Vaccination in the Punjab 1919-1929 - 1919-1929
Year: 1919
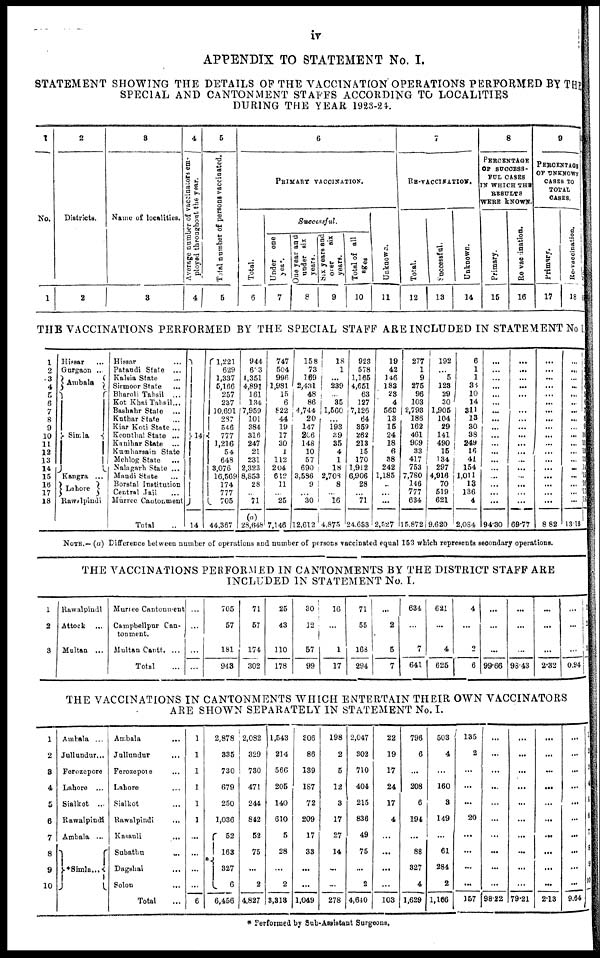
iv
APPENDIX TO STATEMENT No. I.
STATEMENT SHOWING THE DETAILS OF THE VACCINATION OPERATIONS PERFORMED BY THE
SPECIAL AND CANTONMENT STAFFS ACCORDING TO LOCALITIES
DURING THE YEAR 1923-24.
1
No.
1
2
Districts.
2
3
Name of localities.
3
4
Average number of vaccinators em-
ployed throughout the year.
4
5
Total number of persons vaccinated.
5
6
PRIMARY VACCINATION.
Total.
6
Successful.
Under one
year.
7
One year and
under six
years.
8
Six years and
over
six
years.
9
Total of all
ages
10
Unknown.
11
7
RE-VACCINATION.
Total.
12
Successful.
13
Unknown.
14
8
PERCENTAGE
OF SUCCESS-
FUL CASES
IN WHICH THE
RESULTS
WERE KNOWN.
Primary.
15
Re-vaccination.
16
9
PERCENTAGE
OF UNKNOWN
CASES TO
TOTAL
CASES.
Primary.
17
Re-vaccination.
18
THE VACCINATIONS PERFORMED BY THE SPECIAL STAFF ARE INCLUDED IN STATEMENT No I.
1
2
3
4
5
6
7
8
9
10
11
12
13
14
15
16
17
18
Hissar ...
Gurgaon ...
Ambala
Simla
Kangra ...
Lahore
Rawalpindi
Hissar ...
Pataudi State ...
Kalsia State ...
Sirmoor State ...
Bharoli Tahsil ...
Kot Khai Tahsil...
Bashahr State ...
Kuthar State ...
Kiar Koti State ...
Keonthal State ...
Kanihar State ...
Kumharsain State
Mehlog State ...
Nalagarh State ...
Mandi State ...
Borstal Institution
Central Jail ...
Murree Cantonment
Total ...
14
14
1,221
629
1,337
5,166
257
237
10,691
287
546
777
1,216
54
648
3,076
16,569
174
777
705
44,367
944
633
1,351
4,891
161
134
7,959
101
384
316
247
21
231
2,323
8,853
28
...
71
(a)
28,648
747
504
996
1,981
15
6
822
44
19
17
30
1
112
204
612
11
...
25
7,146
158
73
169
2,431
48
86
4,744
20
147
206
148
10
57
690
3,586
9
...
30
12,612
18
1
...
239
...
35
1,560
...
193
39
35
4
1
18
2,708
8
...
16
4,875
923
578
1,165
4,651
63
127
7,126
64
359
262
213
15
170
1,912
6,906
28
...
71
24,683
19
42
146
183
23
4
560
13
15
24
18
6
38
242
1,185
...
...
...
2,527
277
1
9
275
96
103
2,793
186
162
461
969
33
417
753
7,780
146
777
634
15,872
192
...
5
123
29
30
1,905
104
29
141
490
15
134
297
4,916
70
519
621
9,620
6
1
1
33
10
14
311
13
30
38
249
16
41
154
1,011
13
136
4
2,084
...
...
...
...
...
...
...
...
...
...
...
...
...
...
...
...
...
...
94.30
...
...
...
...
...
...
...
...
...
...
...
... ...
...
...
...
...
...
69.77
...
...
...
...
...
...
...
...
...
...
...
...
...
...
...
...
...
...
8.82
...
...
...
...
...
...
...
...
...
...
...
....
...
...
...
...
...
...
13.13
1
2
3
4
5
6
7
8
9
10
11
12
13
14
15
16
17
18
NOTE.— (a) Difference between number of operations and number of persons vaccinated equal 153 which represents secondary operations.
THE VACCINATIONS PERFORMED IN CANTONMENTS BY THE DISTRICT STAFF ARE
INCLUDED IN STATEMENT No. I.
1
2
3
Rawalpindi
Attock...
Multan ...
Murree Cantonment
Campbellpur Can-
tonment.
Multan Cantt. ...
Total ...
...
...
...
...
705
57
181
943
71
57
174
302
25
43
110
178
30
12
57
99
16
...
1
17
71
55
168
294
...
2
5
7
634
...
7
641
621
...
4
625
4
...
2
6
...
...
...
99.66
...
...
...
98.43
...
...
...
2.32
...
...
...
0.94
1
2
3
THE VACCINATIONS IN CANTONMENTS WHICH ENTERTAIN THEIR OWN VACCINATORS
ARE SHOWN SEPARATELY IN STATEMENT No. I.
1
2
3
4
5
6
7
8
9
10
Ambala ...
Jullundur...
Ferozepore
Lahore ...
Sialkot ...
Rawalpindi
Ambala ...
*Simla...
Ambala
...
Jullundur ...
Ferozepore ...
Lahore...
Sialkot ...
Rawalpindi
...
Kasauli
...
Subathu
...
Dagshai
...
Solon ...
Total ...
1
1
1
1
1
1
...
...
...
...
6
*
2,878
335
730
679
250
1,036
52
163
327
6
6,456
2,082
329
730
471
244
812
52
75
...
2
4,827
1,543
214
566
205
140
610
5
28
...
2
3,313
306
86
139
187
72
209
17
33
...
...
1,049
198
2
5
12
3
17
27
14
...
...
278
2,047
302
710
404
215
836
49
75
...
2
4,640
22
19
17
24
17
4
...
...
...
...
103
796
6
...
208
6
194
...
88
327
4
1,629
503
4
...
160
3
149
...
61
284
2
1,166
135
2
...
...
...
20
...
...
...
...
157
...
...
...
...
...
...
...
...
...
...
98.22
...
...
...
...
...
...
...
...
...
...
79.21
...
...
...
...
...
...
...
...
...
...
2.13
...
...
...
...
...
...
...
...
...
...
9.64
1
2
3
4
5
6
7
8
9
10
* Performed by Sub-Assistant Surgeons.